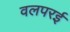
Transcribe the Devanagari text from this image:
वलपरई